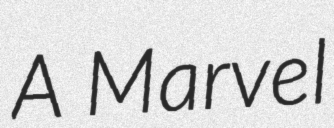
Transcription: A Marvel